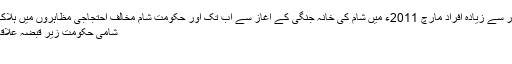
3لاکھ 30ہزار سے زیادہ افراد مارچ 2011ء میں شام کی خانہ جنگی کے آغاز سے اب تک اور حکومت شام مخالف احتجاجی مظاہروں میں ہلاک ہوچکے ہیں
شامی حکومت زیر قبضہ علاقہ دگنا : روس
ماسکو ۔